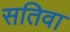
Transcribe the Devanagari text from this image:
सतिवा